Annual report of the Punjab Veterinary College and of the Civil Veterinary Department, Punjab - 1920-1925
Year: 1920
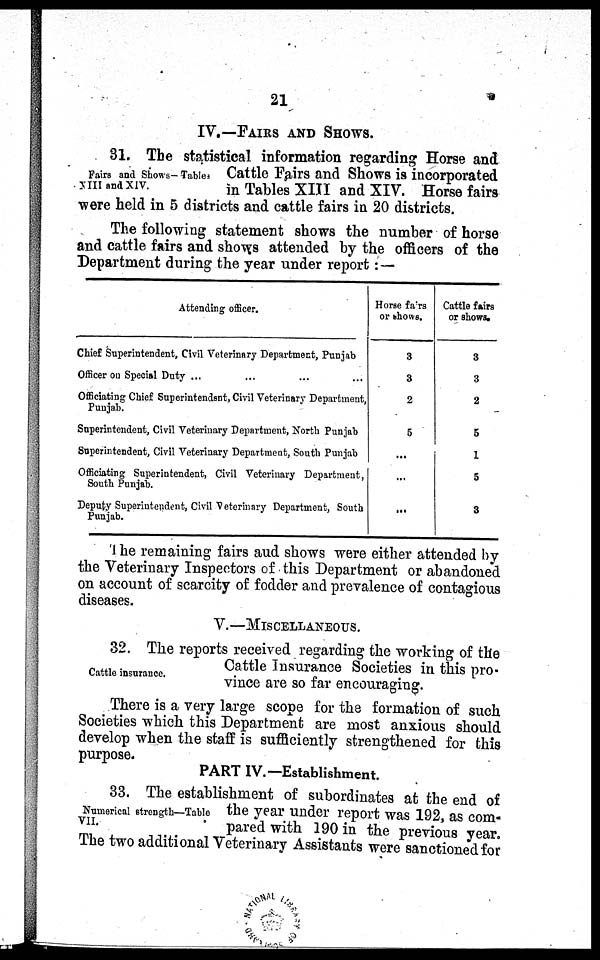
21
IV.—FAIRS AND SHOWS.
Fairs and Shows—Tables
XIII and XIV.
31. The statistical information regarding Horse and
Cattle Fairs and Shows is incorporated
in Tables XIII and XIV. Horse fairs
were held in 5 districts and cattle fairs in 20 districts.
The following statement shows the number of horse
and cattle fairs and shows attended by the officers of the
Department during the year under report:—
Attending officer.
Chief Superintendent, Civil Veterinary Department, Punjab
Officer on Special Duty ... ... ... ...
Officiating Chief Superintendent, Civil Veterinary Department,
Punjab.
Superintendent, Civil Veterinary Department, North Punjab
Superintendent, Civil Veterinary Department, South Punjab
Officiating Superintendent, Civil Veterinary Department,
South Punjab.
Deputy Superintendent, Civil Veterinary Department, South
Punjab.
Horse fairs
or shows.
3
3
2
5
...
...
...
Cattle fairs
or shows.
3
3
2
5
1
5
3
The remaining fairs and shows were either attended by
the Veterinary Inspectors of this Department or abandoned
on account of scarcity of fodder and prevalence of contagious
diseases.
V.—FAIRS AND SHOWS.
Cattle insurance.
32. The reports received regarding the working of the
Cattle Insurance Societies in this pro-
vince are so far encouraging.
There is a very large scope for the formation of such
Societies which this Department are most anxious should
develop when the staff is sufficiently strengthened for this
purpose.
PART IV.—Establishment.
Numerical strength—Table
VII.
33. The establishment of subordinates at the end of
the year under report was 192, as com-
pared with 190 in the previous year.
The two additional Veterinary Assistants were sanctioned for